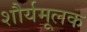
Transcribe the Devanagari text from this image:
शौर्यमूलक